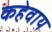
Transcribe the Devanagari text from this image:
कहेवाय